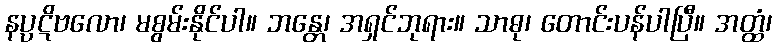
နပ္ပဋိဗလော၊ မစွမ်းနိုင်ပါ။ ဘန္တေ၊ အရှင်ဘုရား။ သာဓု၊ တောင်းပန်ပါပြီ။ အတ္ထံ၊